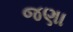
જણા